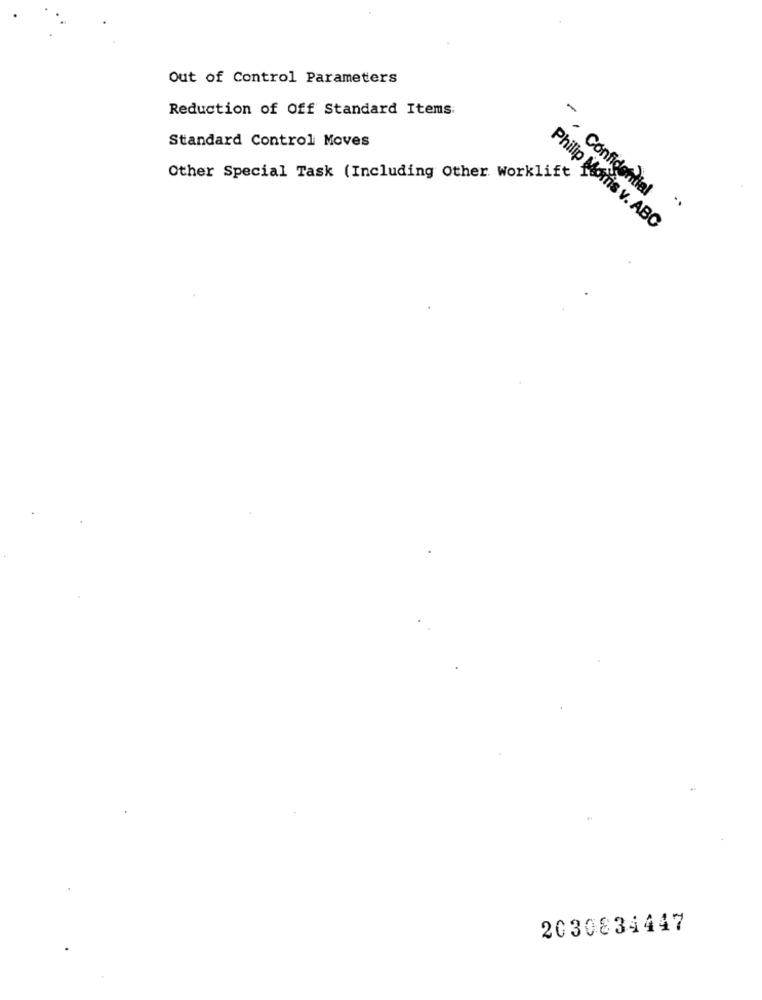
Out of Control Parameters
Reduction of Off Standard Items:
Standard Control Moves
Other Special Task (Including Other Worklift
- , Confidential
Philip Morris v. ABC
2030834447